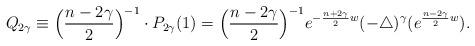
LaTeX: \begin{align*}Q_{2\gamma}\equiv\Big(\frac{n-2\gamma}{2}\Big)^{-1}\cdot P_{2\gamma}(1)=\Big(\frac{n-2\gamma}{2}\Big)^{-1}e^{-\frac{n+2\gamma}{2}w}(-\triangle)^{\gamma}(e^{\frac{n-2\gamma}{2}w}).\end{align*}